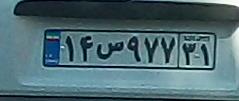
۱۴س۹۷۷۳۱